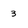
Character: 3